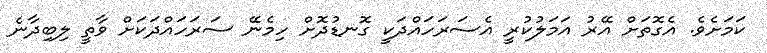
ކަމަށެވެ. އެގޮތަށް އޭރު އަމަލުކުރީ އެސަރަހައްދަކީ ގޮނޑުދޮށް ހިމެނޭ ސަރަހައްދަކަށް ވާތީ ލިބިދާނެ